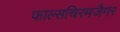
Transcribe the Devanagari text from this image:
फाल्सचिरमजैगर